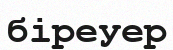
біреуер